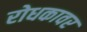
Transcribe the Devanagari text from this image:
रोधकावर